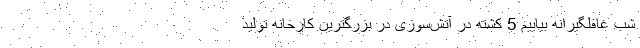
شب غافلگیرانه بیاییم 5 کشته در آتش‌سوزی در بزرگترین کارخانه تولید